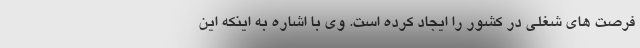
فرصت های شغلی در کشور را ایجاد کرده است. وی با اشاره به اینکه این